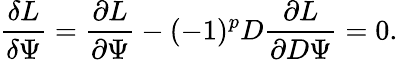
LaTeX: {\frac{\delta L}{\delta\Psi}}={\frac{\partial L}{\partial\Psi}}-(-1)^{p}D{\frac{\partial L}{\partial D\Psi}}=0.